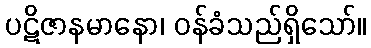
ပဋိဇာနမာနော၊ ဝန်ခံသည်ရှိသော်။